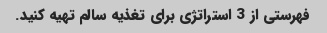
فهرستی از 3 استراتژی برای تغذیه سالم تهیه کنید.